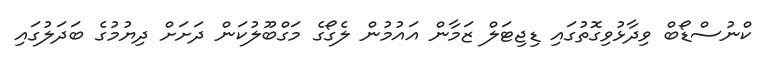
ކްނުސްޑޯބް ވިދާޅުވިގޮތުގައި ޑިޖިޓަލް ޒަމާން އައުމުން ލެގޯގެ މަގްބޫލުކަން ދަށަށް ދިޔުމުގެ ބަދަލުގައި